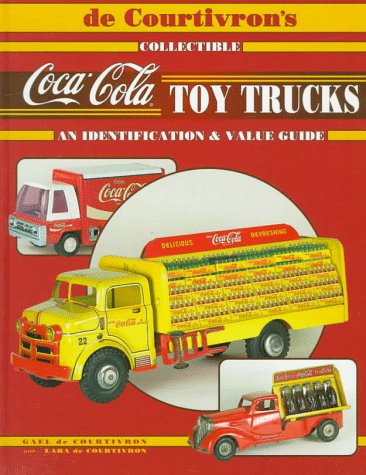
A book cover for De Courtivron's Collectible Coca-Cola Toy Trucks: An Identification & Value Guide; Gael De Courtivron; Crafts, Hobbies & Home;